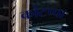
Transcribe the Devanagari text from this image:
कोटप्‍पा